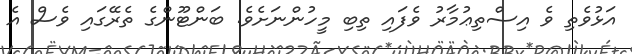
އަޅުވެތި ވެ އިސްތިޢުމާރު ވެފައި ތިބި މީހުންނަށެވެ. ބަންޓޫންގެ ތެރޭގައި ވެސް އެ